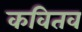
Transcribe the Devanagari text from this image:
कवितव